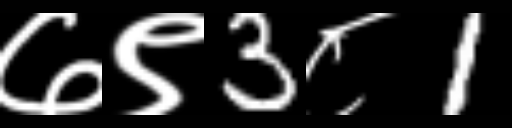
Text: ७९3८1